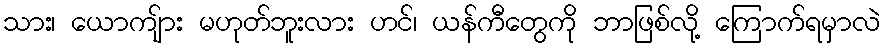
သား၊ ယောကျ်ား မဟုတ်ဘူးလား ဟင်၊ ယန်ကီတွေကို ဘာဖြစ်လို့ ကြောက်ရမှာလဲ